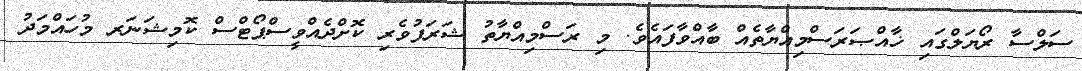
ސަލްސާ ރޯޔަލްގައި ޚާއްޞަރަސްމިއްޔާތެއް ބާއްވާފައެވެ. މި ރަސްމިއްޔާތު ޝަރަފުވެރި ކޮށްދެއްވީސްޕޯޓްސް ކޮމިޝަނަރ މުހައްމަދު